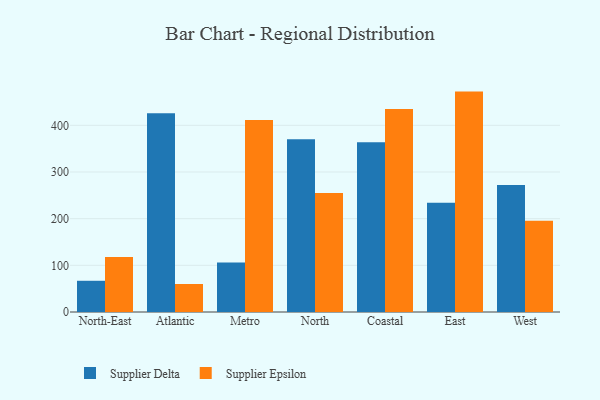
{"axis": {"x": "Region", "y": "Production Output"}, "legend": ["Supplier Delta", "Supplier Epsilon"], "data": [{"x": "North-East", "y": 66.9, "type": "Supplier Delta"}, {"x": "North-East", "y": 117.9, "type": "Supplier Epsilon"}, {"x": "Atlantic", "y": 425.8, "type": "Supplier Delta"}, {"x": "Atlantic", "y": 60.0, "type": "Supplier Epsilon"}, {"x": "Metro", "y": 106.0, "type": "Supplier Delta"}, {"x": "Metro", "y": 411.4, "type": "Supplier Epsilon"}, {"x": "North", "y": 370.4, "type": "Supplier Delta"}, {"x": "North", "y": 254.8, "type": "Supplier Epsilon"}, {"x": "Coastal", "y": 363.5, "type": "Supplier Delta"}, {"x": "Coastal", "y": 435.0, "type": "Supplier Epsilon"}, {"x": "East", "y": 233.9, "type": "Supplier Delta"}, {"x": "East", "y": 472.3, "type": "Supplier Epsilon"}, {"x": "West", "y": 271.9, "type": "Supplier Delta"}, {"x": "West", "y": 195.7, "type": "Supplier Epsilon"}]}